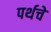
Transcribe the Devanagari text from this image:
पर्थचे